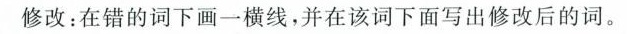
修改：在错的词下画一横线,，并在该词下面写出修改后的词。